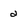
Character: 2